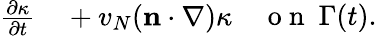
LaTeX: \begin{array}{rl}{\frac{\partial\kappa}{\partial t}}&{{}+v_{N}(\mathbf n\cdot\nabla)\kappa}\end{array}\quad\mathrm{~o~n~}~\Gamma(t).